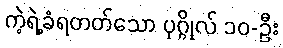
ကဲ့ရဲ့ခံရတတ်သော ပုဂ္ဂိုလ် ၁၀-ဦး